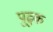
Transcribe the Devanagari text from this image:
पुढुक